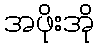
အဖိုးအို